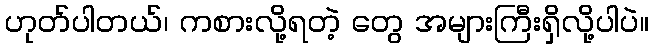
ဟုတ်ပါတယ်၊ ကစားလို့ရတဲ့ တွေ အများကြီးရှိလို့ပါပဲ။